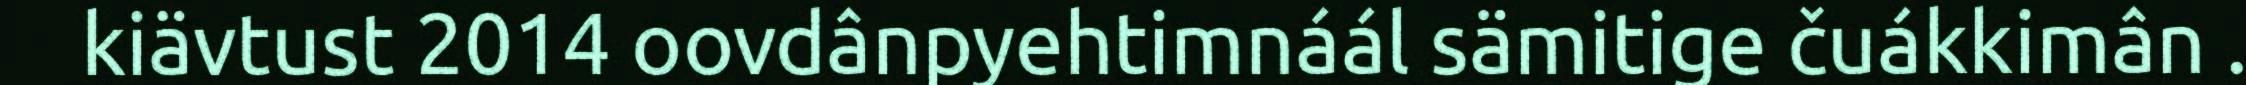
kiävtust 2014 oovdânpyehtimnáál sämitige čuákkimân .